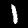
Label: 1